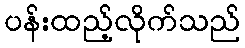
ပန်းထည့်လိုက်သည်